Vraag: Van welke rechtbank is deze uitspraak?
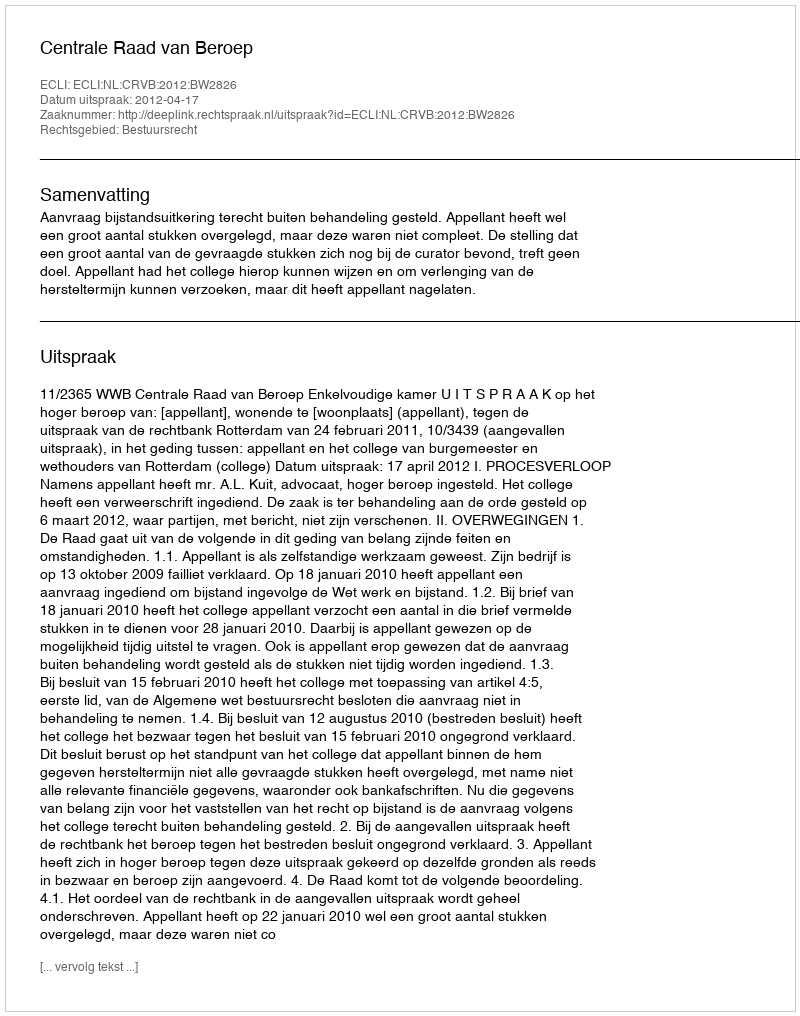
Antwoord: Centrale Raad van Beroep